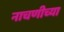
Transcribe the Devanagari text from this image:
नाचणीच्या